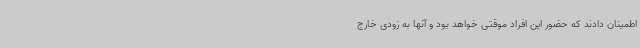
اطمینان دادند که حضور این افراد موقتی خواهد بود و آنها به زودی خارج